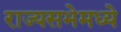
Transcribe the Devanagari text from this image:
राज्यसभेमध्ये